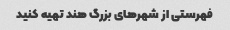
فهرستی از شهرهای بزرگ هند تهیه کنید